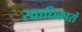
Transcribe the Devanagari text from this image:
स्वाधिकारों